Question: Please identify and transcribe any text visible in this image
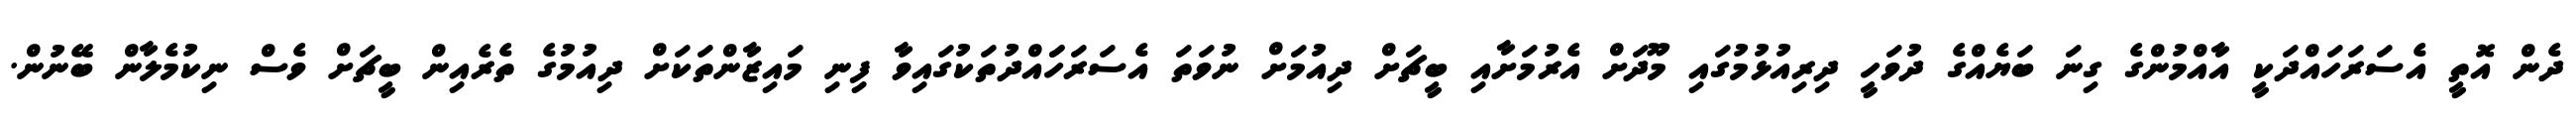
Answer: ދެން އޮތީ އެސަރަހައްދަކީ އާއްމުންގެ ގިނަ ބަޔެއްގެ ދުވަހީ ދިރިއުޅުމުގައި މޫދަށް އެރުމަށާއި ބީޗަށް ދިއުމަށް ނުވަތަ އެސަރަހަައްދުތަކުގައިވާ ފިނި މައިޒާންތަކަށް ދިއުމުގެ ތެރެއިން ބީޗަށް ވެސް ނިކުމެލާން ބޭނުން.